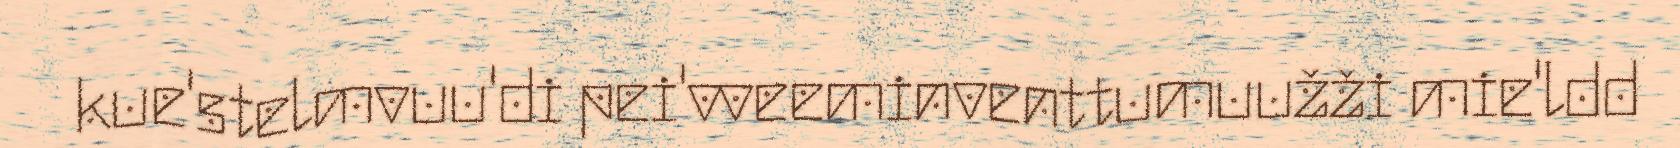
kue'stelmvuu'di pei'vveeminventtumuužži mie'ldd